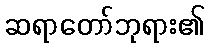
ဆရာတော်ဘုရား၏